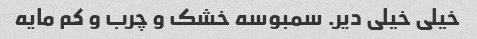
خیلی خیلی دیر. سمبوسه خشک و چرب و کم مایه